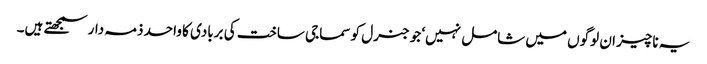
یہ ناچیز ان لوگوں میں شامل نہیں‘ جو جنرل کو سماجی ساخت کی بربادی کا واحد ذمہ دار سمجھتے ہیں۔